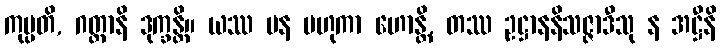
ကုပ္ပတိ, ဂတ္တာနိ ဒုက္ခန္တိ။ ယဿ ပန ဗဟုကာ ဟောန္တိ, တဿ ဥဋ္ဌာနနိသဇ္ဇာဒီသု န အဋ္ဌီနိ